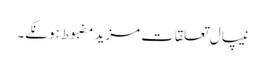
نیپال تعلقات مزید مضبوط ہونگے۔